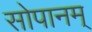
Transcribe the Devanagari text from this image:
सोपानम्